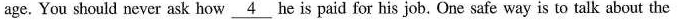
age. You should never ask how \underline{4} he is paid for his job. One safe way is to talk about the